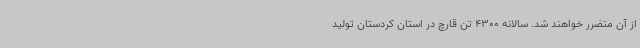
از آن متضرر خواهند شد. سالانه 4300 تن قارچ در استان کردستان تولید